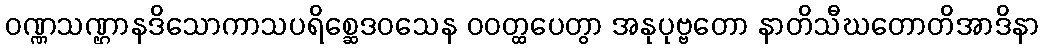
ဝဏ္ဏသဏ္ဌာနဒိသောကာသပရိစ္ဆေဒဝသေန ဝဝတ္ထပေတွာ အနုပုဗ္ဗတော နာတိသီဃတောတိအာဒိနာ